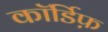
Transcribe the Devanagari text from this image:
कॉर्डिफ़